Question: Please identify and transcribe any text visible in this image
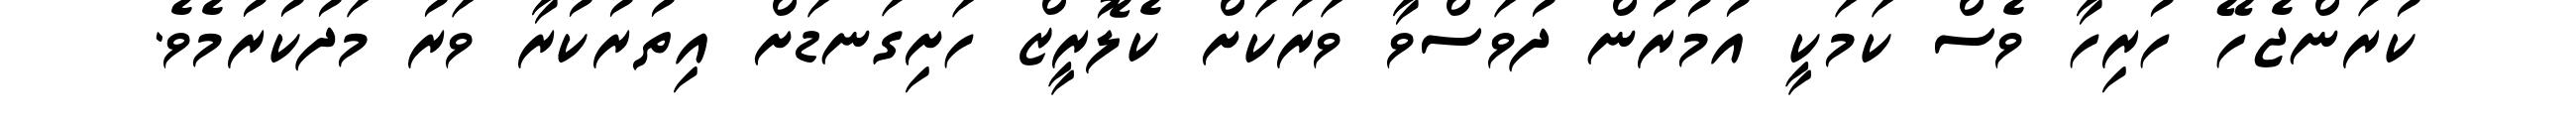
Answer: ކުރަންޖެހޭ ހުރިހާ ވެސް ކަމަކީ އުމުރުން ދުވަސްވާ ވަރަކަށް ކެލޮރީޒް ހަށިގަނޑަށް އިތުރުކުރާ ވަރު މަދުކުރުމެވެ.